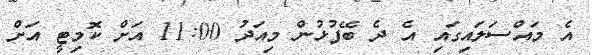
އެ މައްސަލައިގައި އެ ދެ ބޭފުޅުން މިއަދު 11:00 އަށް ކޮމިޓީ އަށް